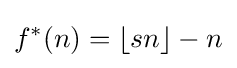
f^{\ast }(n)=\lfloor sn\rfloor -n